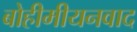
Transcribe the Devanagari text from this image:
बोहीमीयनवाद